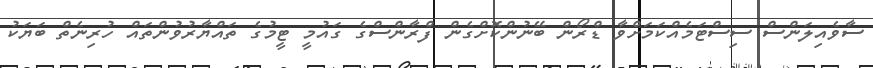
ސާވެއިލަންސް ސިސްޓަމެއްކަމަށްވާ ޑްރޯން ބޭނުންކޮށްގެން ފްރާންސްގެ ގައުމީ ޓީމުގެ ތައްޔާރުވުންތައް ހުރިނެތް ބަޔަކު